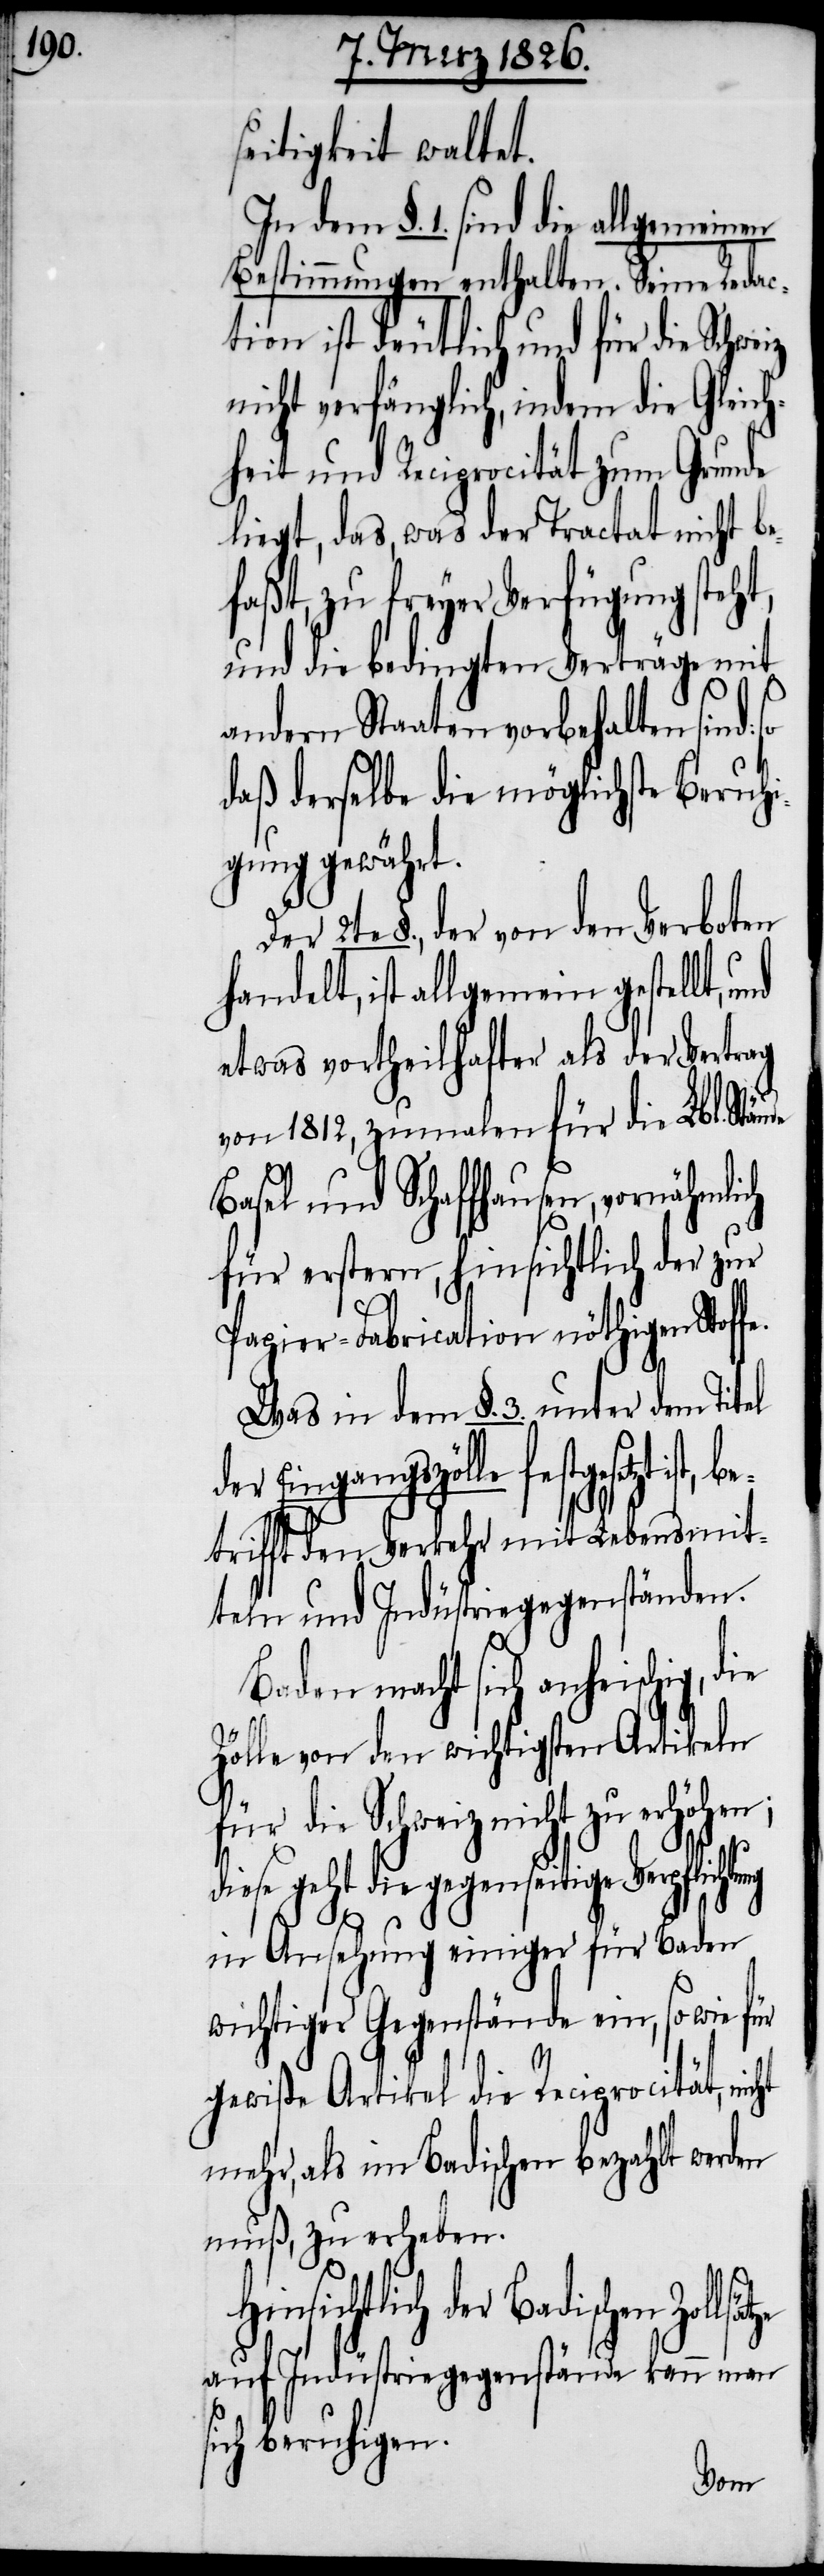
seitigkeit waltet.
In dem §. 1. sind die allgemeinen
Bestimmungen enthalten. Seine Reda¬
ction ist deutlich und für die Schweiz
nicht verfänglich, indem die Gleich¬
heit und Reciprocität zum Grunde
liegt, das, was der Tractat nicht be¬
faßt, zu freyer Verfügung steh¬
und die bedingten Verträge mit
andern Staaten vorbehalten sind:
daß derselbe die möglichste Beruh¬
igung gewährt.
2te §., der von den Verboten
handelt, ist allgemein gestellt,
etwas vortheilhafter als der Vertrag
von 1812, zumalen für die Lbl. Stän¬
Basel und Schaffhausen, vornähmlich
für erstern hinsichtlich der zur
s¬
Papier-Fabrication nöthigen Stoffe.
lsätze
Was in dem §. 3. unter
festgesetzt ist, be¬
smit¬
trifft den Verkehr mit
teln und Industriegegenständen.
Baden macht sich anheischig,
Zölle von den wichtigsten Artikeln
für die Schweiz nicht zu erhöhe¬
diese geht die gegenseitige Verpflich¬
in Ansehung einiger für Baden
wichtiger Gegenstände ein, so wie für
gewiße Artikel die Reciprocität, n¬
mehr, als im Badischen bezahlt werden
muß, zu erheben.
insichtlich der Badischen Zol¬
auf Industriegegenstände kann man
ich beruhigen.
tung